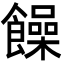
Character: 𩟎